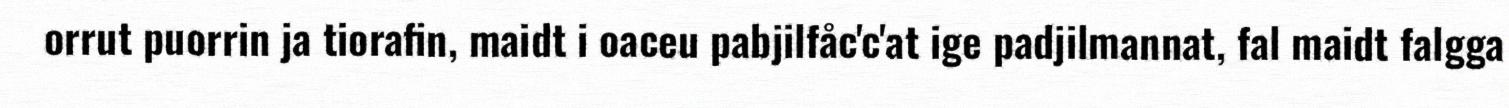
orrut puorrin ja tiorafin, maidt i oaceu pabjilfåc'c'at ige padjilmannat, fal maidt falgga